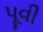
પૂવી